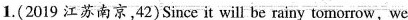
1. (2019 江苏南京,42)Since it will be rainy tomorrow, we